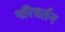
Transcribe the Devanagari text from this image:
परिवर्तन